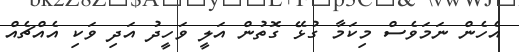
އެހެން ނަމަވެސް މިކަމާ ގުޅޭ ގޮތުން އަލީ ވަހީދު އަދި ވަކި އެއްޗެއް